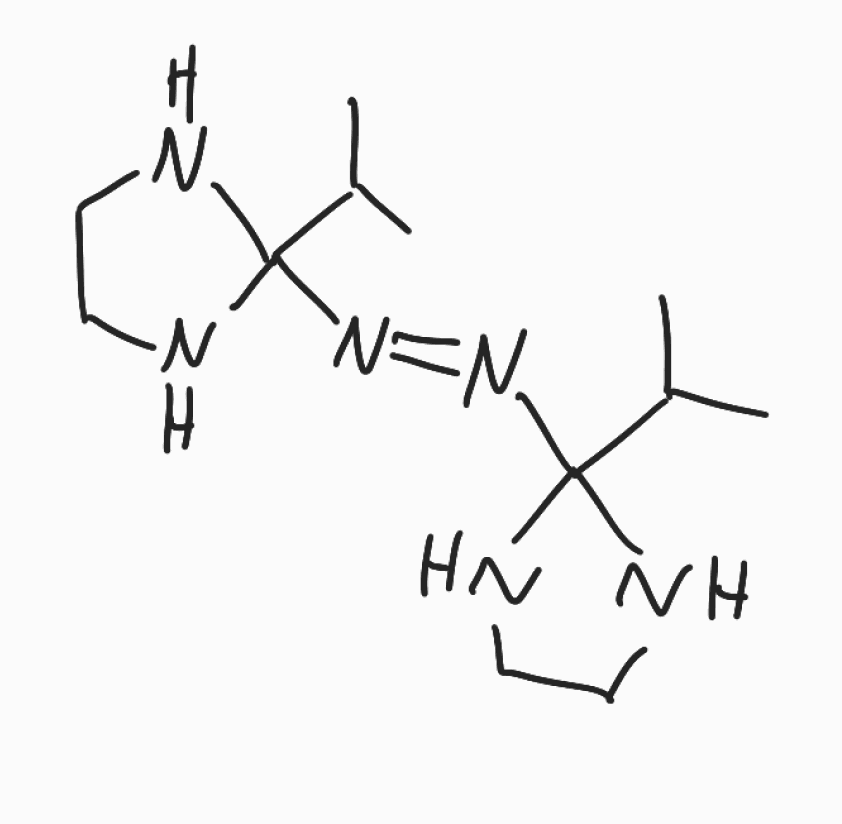
Simplified molecular-input line-entry system (SMILES) notation of the given molecule:
CC(C)C1(NCCN1)/N=N/C2(NCCN2)C(C)C